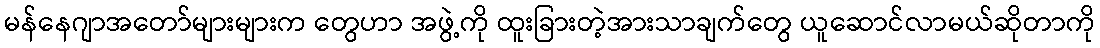
မန်နေဂျာအတော်များများက တွေဟာ အဖွဲ့ကို ထူးခြားတဲ့အားသာချက်တွေ ယူဆောင်လာမယ်ဆိုတာကို